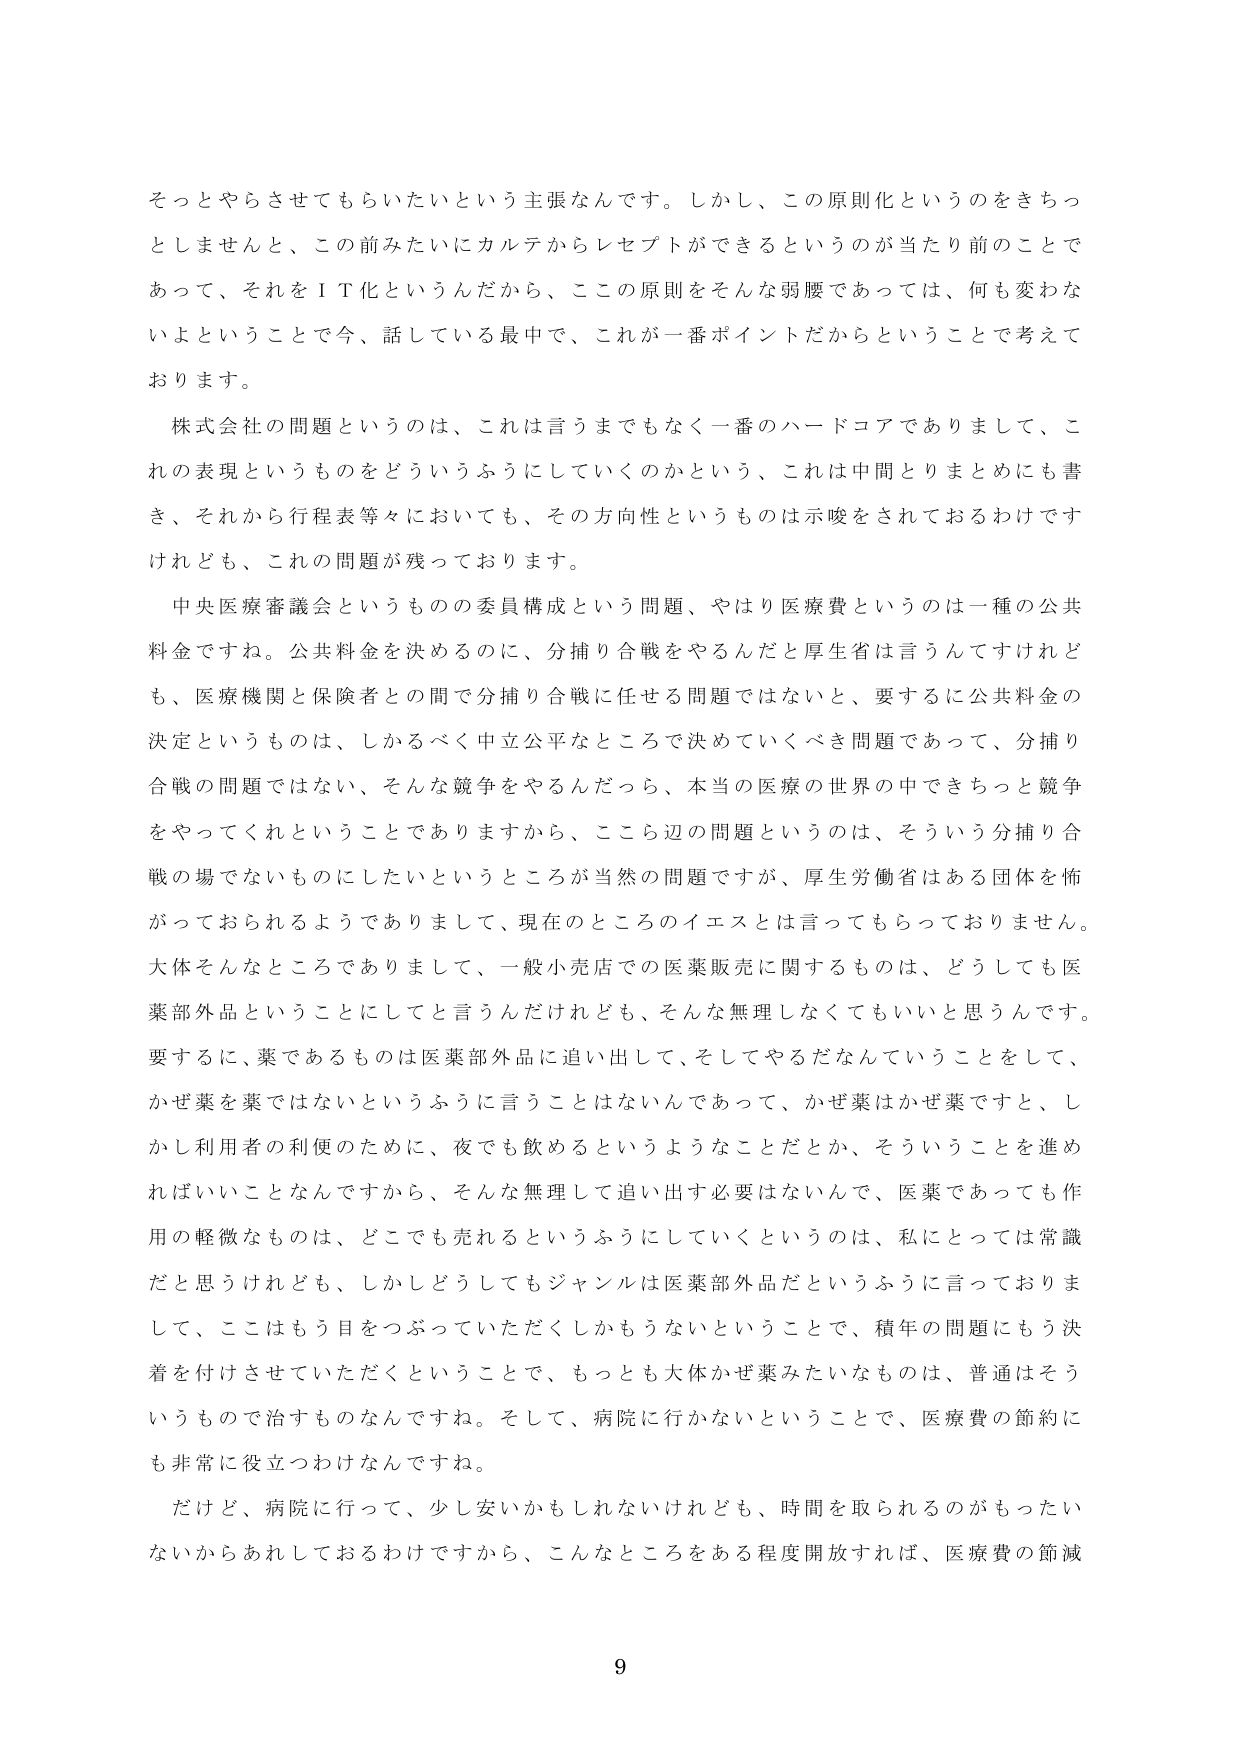
そっとやらさせてもらいたいという主張なんです。しかし、この原則化というのをきちっとしませんと、この前みたいにカルテからレセプトができるというのが当たり前のことであって、それをＩＴ化というんだから、ここの原則をそんな弱腰であっては、何も変わないよということで今、話している最中で、これが一番ポイントだからということで考えております。

株式会社の問題というのは、これは言うまでもなく一番のハードコアでありまして、これの表現というものをどういうふうにしていくのかという、これは中間とりまとめにも書き、それから行程表等々においても、その方向性というものは示唆をされておるわけですが、けれども、これの問題が残っております。

中央医療審議会というものの委員構成という問題、やはり医療費というのは一種の公共料金ですね。公共料金を決めるのに、分捕り合戦をやるんだと厚生省は言うんですけれども、医療機関と保険者との間で分捕り合戦に任せる問題ではないと、要するに公共料金の決定というものは、しかるべく中立公平なところで決めていくべき問題であって、分捕り合戦の問題ではない、そんな競争をやるんだったら、本当の医療の世界の中できちっと競争をやってくれということありますから、こっち辺の問題というのは、そういう分捕り合戦の場でないものにしたいというところが当然の問題ですが、厚生労働省はある団体を怖がっておられるようでありますして、現在のところのイエスとは言ってもらっておりません。大体そんなところでありまして、一般小売店での医薬販売に関するものは、どうしても医薬部外品ということにしてと言うんだけれども、そんな無理しなくてもいいと思うんです。要するに、薬であるものは医薬部外品に追い出して、そしてやるだなんていうことをして、かぜ薬を薬ではないというふうに言うことはないんであって、かぜ薬はかぜ薬ですと、しかし利用者の利便のために、夜でも飲めるというようなことだとか、そういうことを進めればいいことなんですから、そんな無理して追い出す必要はないんで、医薬であっても作用の軽微なものは、どこでも売れるというふうにしていくというのは、私にとっては常識だと思うけれども、しかしどうしてもジャンルは医薬部外品だというふうに言っておりまして、ここはもう目をつぶっていただくしかもうないということで、積年の問題にもう決着を付けさせていただくということで、もっとも大体かぜ薬みたいなものは、普通はそういうもので治すものなんですね。そして、病院に行かないということで、医療費の節約にも非常に役立つわけなんですね。

だけど、病院に行って、少し安いかもしれないけれども、時間を取られるのがもったいないからあれしておるわけですから、こんなところをある程度開放すれば、医療費の節減

9